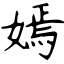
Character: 嫣